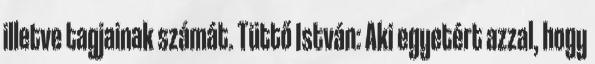
illetve tagjainak számát. Tüttő István: Aki egyetért azzal, hogy